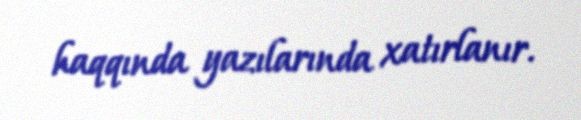
haqqında yazılarında xatırlanır.